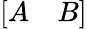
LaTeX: \left[\begin{array}{ll}{A}&{B}\end{array}\right]